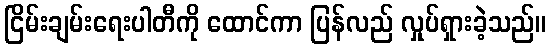
ငြိမ်းချမ်းရေးပါတီကို ထောင်ကာ ပြန်လည် လှုပ်ရှားခဲ့သည်။